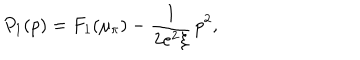
P _ { 1 } ( p ) = F _ { 1 } ( \mu _ { \pi } ) - \frac { 1 } { 2 e ^ { 2 } \xi } \, p ^ { 2 } ,